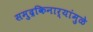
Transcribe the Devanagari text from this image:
समुद्रकिनार्‍यांमुळे